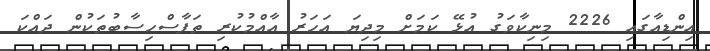
އިންޑިއާގައި 2226 މިނިކާވަގު އުޅޭ ކަމަށް މިދިޔަ އަހަރު އާއްމުކުރި ތަފާސްހިސާބުތަކުން ދައްކަ